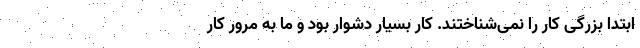
ابتدا بزرگی کار را نمی‌شناختند. کار بسیار دشوار بود و ما به مرور کار